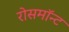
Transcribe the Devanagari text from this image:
रोसमॉन्ट